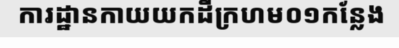
ការដ្ឋានកាយយកដីក្រហម០១កន្លែង